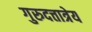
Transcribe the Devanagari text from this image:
गुरुदत्तात्रेय